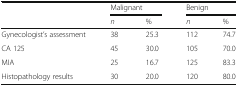
<table><thead><tr><td></td><td colspan="2"><b>Malignant</b></td><td colspan="2"><b>Benign</b></td></tr><tr><td></td><td><b><i>n</i></b></td><td><b>%</b></td><td><b><i>n</i></b></td><td><b>%</b></td></tr></thead><tbody><tr><td>Gynecologist’s assessment</td><td>38</td><td>25.3</td><td>112</td><td>74.7</td></tr><tr><td>CA 125</td><td>45</td><td>30.0</td><td>105</td><td>70.0</td></tr><tr><td>MIA</td><td>25</td><td>16.7</td><td>125</td><td>83.3</td></tr><tr><td>Histopathology results</td><td>30</td><td>20.0</td><td>120</td><td>80.0</td></tr></tbody></table>